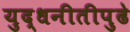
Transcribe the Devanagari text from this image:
युद्धनीतीपुढे